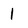
Character: 1